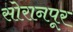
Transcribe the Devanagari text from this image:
सोरानपूर